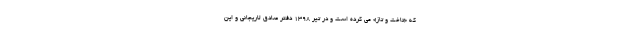
که «تاخت و تاز» می کرده است و در تیر 1398 دفتر صادق لاریجانی و این